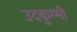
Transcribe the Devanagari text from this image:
उदकुम्भी